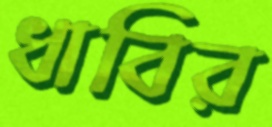
ধাবির